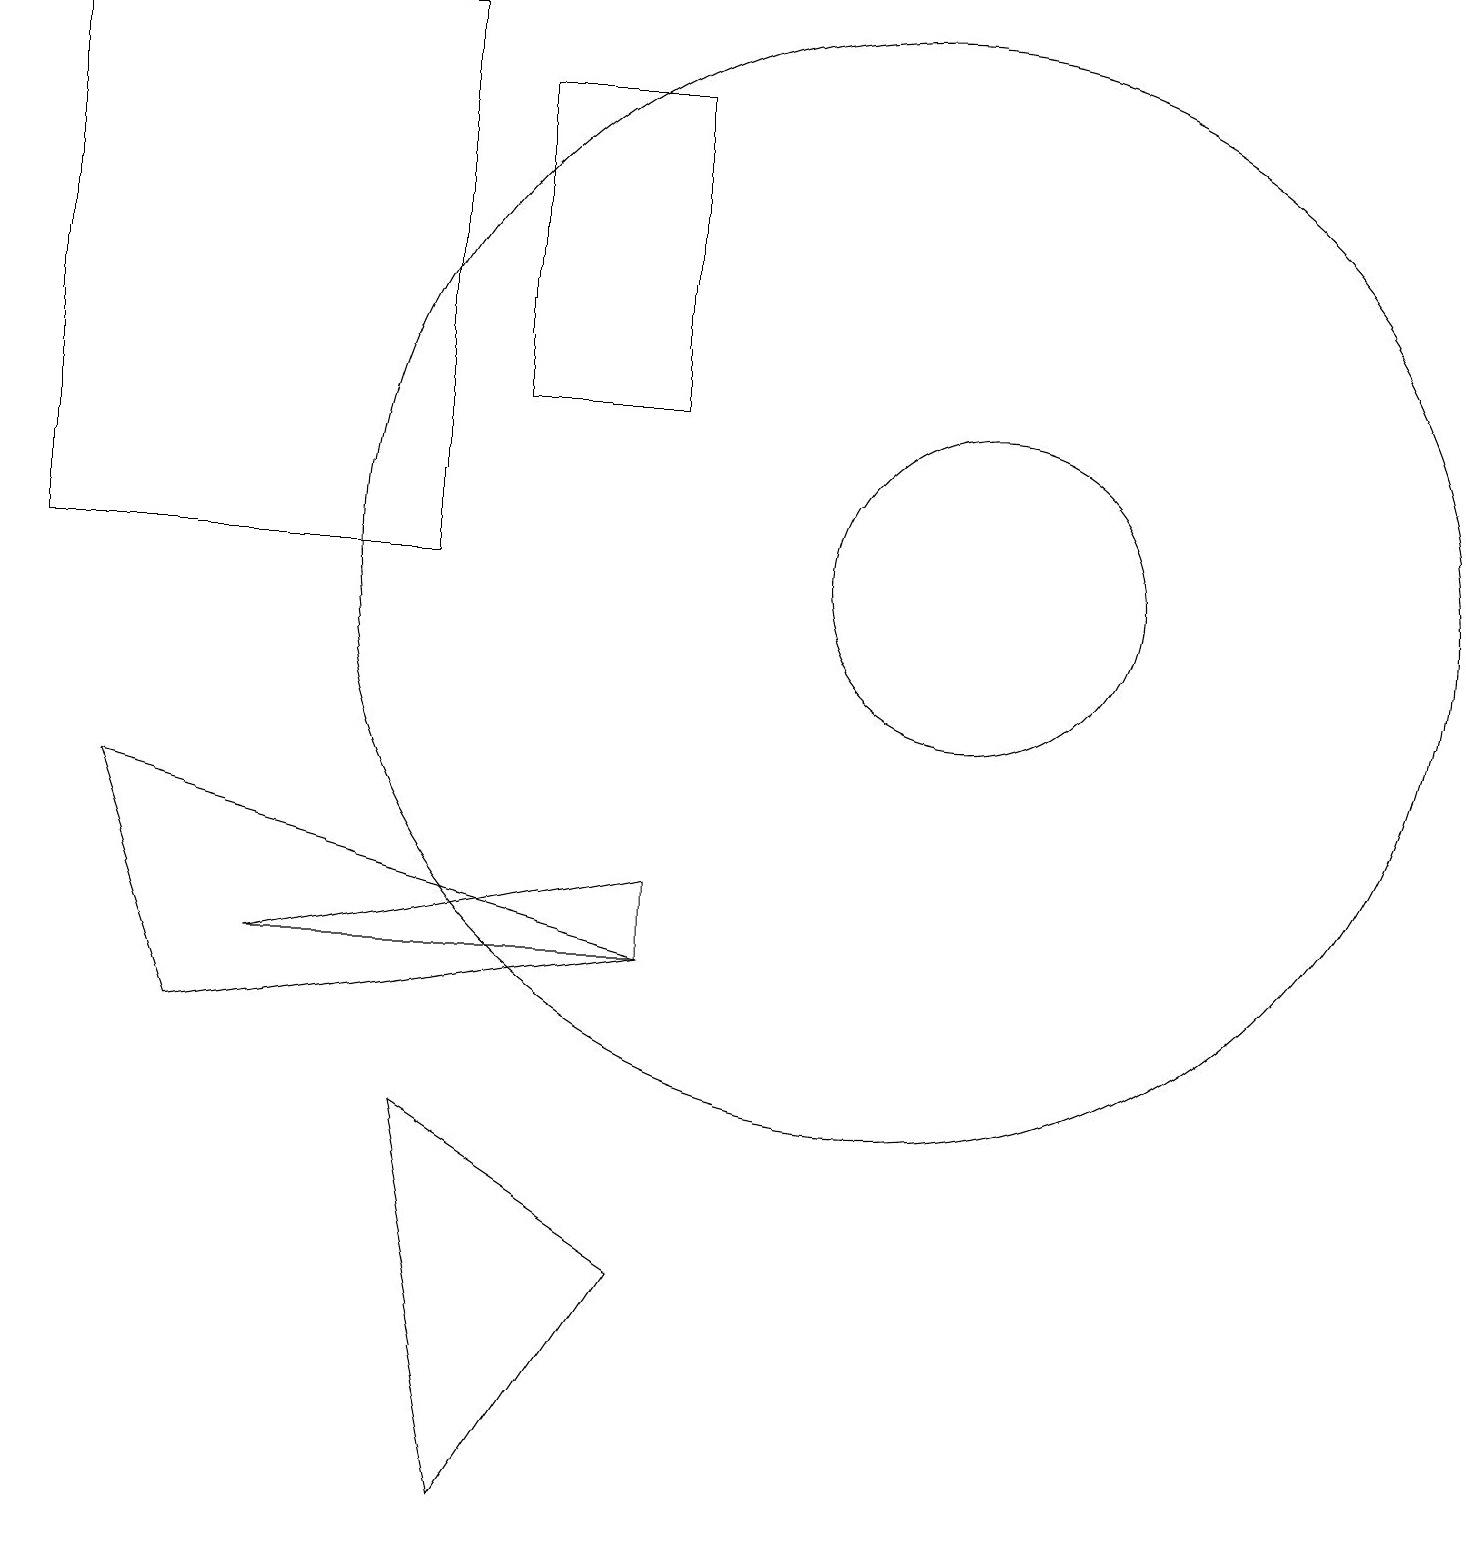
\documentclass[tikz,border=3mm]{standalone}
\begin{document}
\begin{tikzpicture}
\draw (11,12) circle (7);
\draw (8,7) -- (1,9) -- (2,6) -- cycle;
\draw (12,12) circle (2);
\draw (5,5) -- (6,0) -- (8,3) -- cycle;
\draw (5,19) rectangle (0,12);
\draw (8,14) rectangle (6,18);
\draw (8,8) -- (8,7) -- (3,7) -- cycle;
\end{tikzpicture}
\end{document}